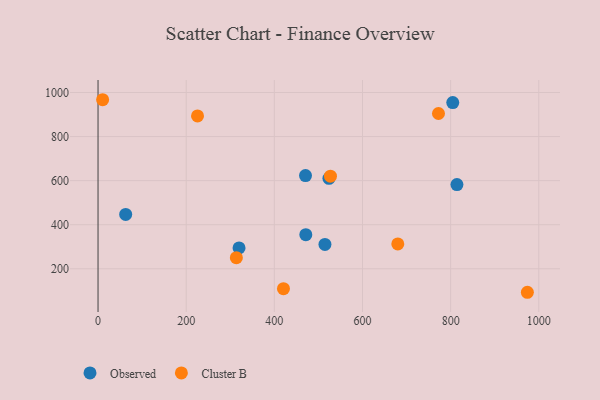
{"axis": {"x": "Study Hours", "y": "Salary"}, "legend": ["Cluster B", "Observed"], "data": [{"x": "523.9", "y": 610.3, "type": "Observed"}, {"x": "319.9", "y": 294.7, "type": "Observed"}, {"x": "814.3", "y": 582.1, "type": "Observed"}, {"x": "804.8", "y": 954.1, "type": "Observed"}, {"x": "471.4", "y": 354.7, "type": "Observed"}, {"x": "514.8", "y": 310.4, "type": "Observed"}, {"x": "62.7", "y": 446.8, "type": "Observed"}, {"x": "470.7", "y": 623.1, "type": "Observed"}, {"x": "527.3", "y": 620.1, "type": "Cluster B"}, {"x": "10.4", "y": 967.2, "type": "Cluster B"}, {"x": "974.1", "y": 93.4, "type": "Cluster B"}, {"x": "225.7", "y": 893.6, "type": "Cluster B"}, {"x": "772.4", "y": 904.6, "type": "Cluster B"}, {"x": "420.7", "y": 109.9, "type": "Cluster B"}, {"x": "313.8", "y": 250.2, "type": "Cluster B"}, {"x": "680.1", "y": 313.0, "type": "Cluster B"}]}